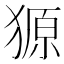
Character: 獂